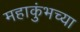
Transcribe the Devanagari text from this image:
महाकुंभच्या